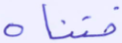
فتناه